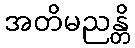
အတိမညန္တိ